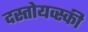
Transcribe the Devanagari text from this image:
दस्तोयव्स्की